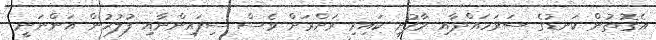
އެގޮތުން ކަނޑުގެ ސަރަހައްދާއި މާފުށީ ކައިރި ރަށްރަށް ވެސް ސިފައިންނާއި ފުލުހުން އަންނަނީ